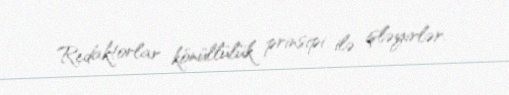
Redaktorlar könüllülük prinsipi ilə işləyirlər.